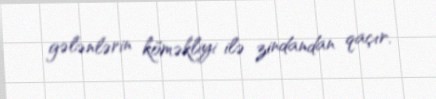
gələnlərin köməkliyi ilə zindandan qaçır.